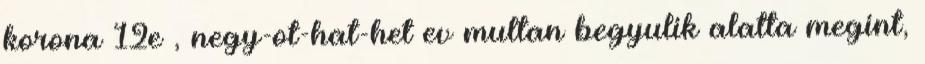
korona 12e , negy-ot-hat-het ev multan begyulik alatta megint,